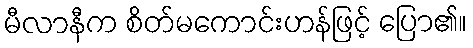
မီလာနီက စိတ်မကောင်းဟန်ဖြင့် ပြော၏။